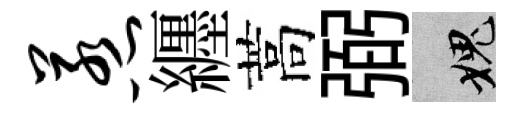
惹纒蒿弼愧